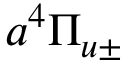
a ^ { 4 } \Pi _ { u \pm }